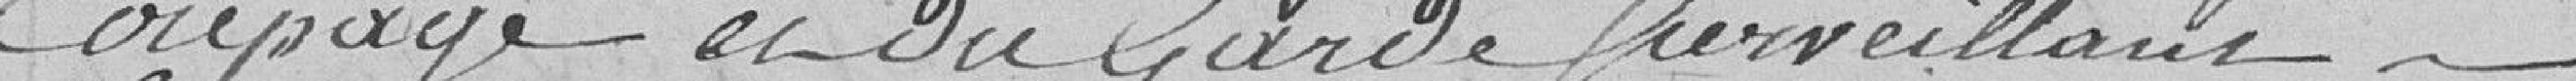
coupage et du garde surveillant